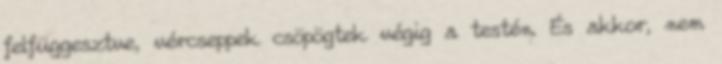
felfüggesztve, vércseppek csöpögtek végig a testén. És akkor, nem